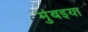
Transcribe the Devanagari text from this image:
मुंबइया